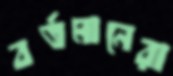
বর্তমানেরা